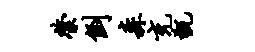
綮倒森充甑